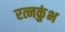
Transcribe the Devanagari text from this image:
रत्नकुंभ